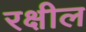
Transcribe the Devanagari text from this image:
रक्षील